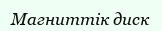
Магниттік диск